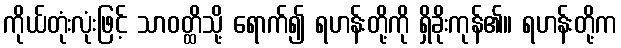
ကိုယ်တုံးလုံးဖြင့် သာဝတ္ထိသို့ ရောက်၍ ရဟန်းတို့ကို ရှိခိုးကုန်၏။ ရဟန်းတို့က